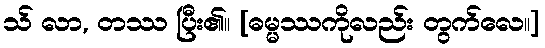
သ် လာ, တဿ ပြီး၏။ [ဓမ္မဿကိုလည်း တွက်လေ။]